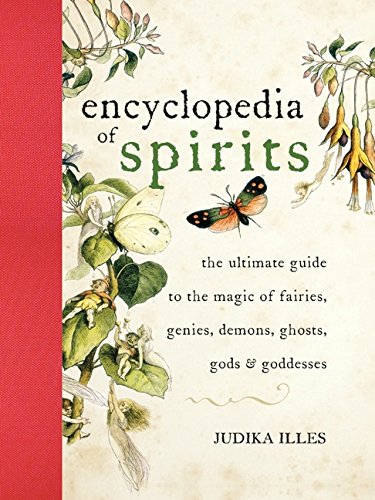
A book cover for Encyclopedia of Spirits: The Ultimate Guide to the Magic of Fairies, Genies, Demons, Ghosts, Gods & Goddesses; Judika Illes; Reference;